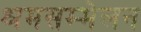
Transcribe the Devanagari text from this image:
श्रमसम्मेलन